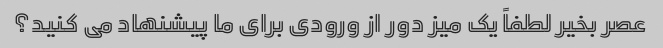
عصر بخیر لطفاً یک میز دور از ورودی برای ما پیشنهاد می کنید؟